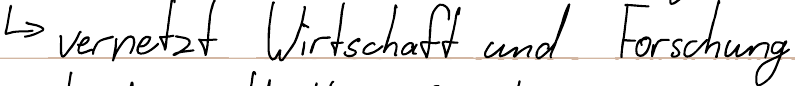
-> vernetzt Wirtschaft und Forschung